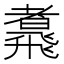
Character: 䬡